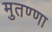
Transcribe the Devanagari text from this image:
मुतण्णा